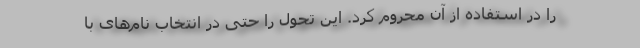
را در استفاده از آن محروم کرد. این تحول را حتی در انتخاب نام‌های با